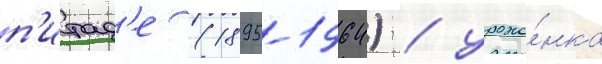
п'итад'е (1895-1964) / уроже́нка